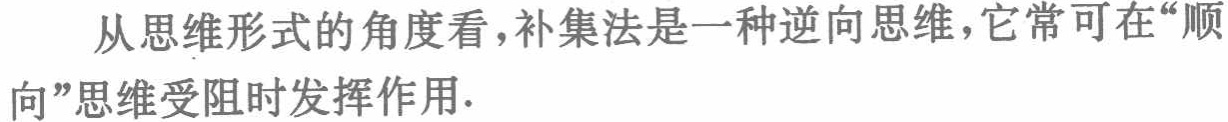
从思维形式的角度看，补集法是一种逆向思维，它常可在“顺向”思维受阻时发挥作用.